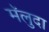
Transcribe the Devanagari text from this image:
मॅलुदा